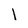
Character: 1